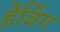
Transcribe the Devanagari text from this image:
हेविंग